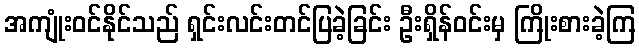
အကျုံးဝင်နိုင်သည် ရှင်းလင်းတင်ပြခဲ့ခြင်း ဦးရှိန်ဝင်းမှ ကြိုးစားခဲ့ကြ